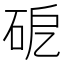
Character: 砨